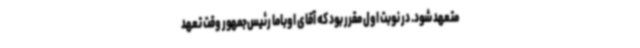
متعهد شود. در نوبت اول مقرر بود که آقای اوباما رئیس‌جمهور وقت تعهد